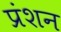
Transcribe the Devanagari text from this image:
प्रंशन